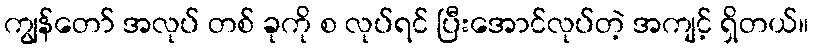
ကျွန်တော် အလုပ် တစ် ခုကို စ လုပ်ရင် ပြီးအောင်လုပ်တဲ့ အကျင့် ရှိတယ်။